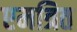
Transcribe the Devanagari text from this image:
एमत्रित